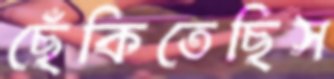
ছেঁকিতেছিস